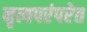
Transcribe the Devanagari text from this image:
नृत्यपरंपरेत